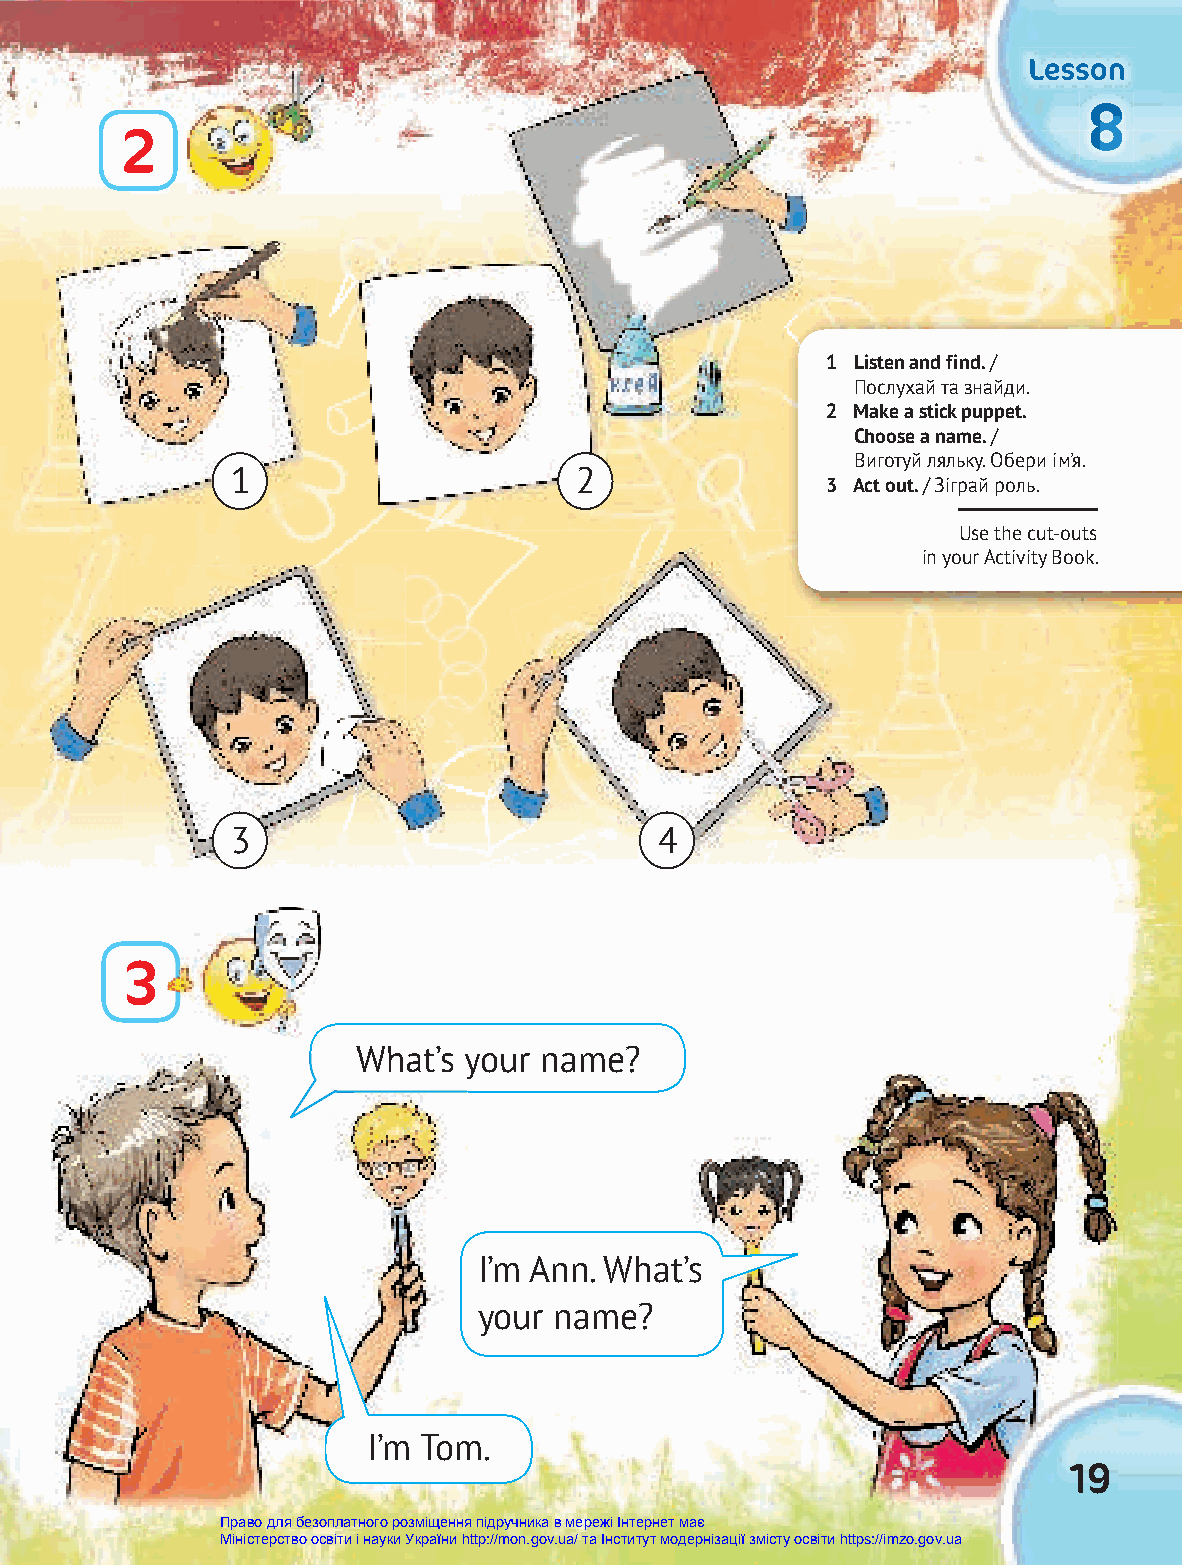
LLLeeessssssooonnn
 888888
 2
 1 Listen and find. /
 Послухай та знайди.
 2 Make a stick puppet.
 Choose a name. /
 Виготуй ляльку. Обери ім’я.
 1                      2
 3 Act out. / Зіграй роль.
 Use the cut-outs
 in your Activity Book.
 3                            4
 3
 WWhhaatt’’ss yyoouurr nnaammee??
 I’m Ann. What’s
 your name?
 I’m Tom.
 19
 Право для безоплатного розміщення підручника в мережі Інтернет має
 Міністерство освіти і науки України http://mon.gov.ua/ та Інститут модернізації змісту освіти https://imzo.gov.ua